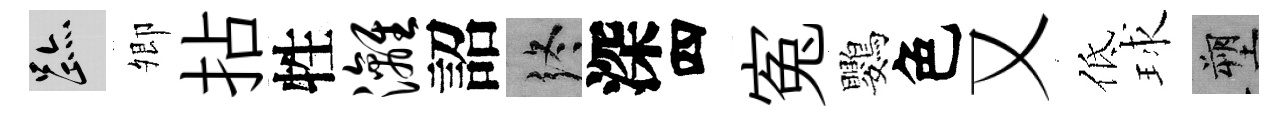
迹𡖖拈牲漓詔终深四寃鸚色又低球塑